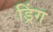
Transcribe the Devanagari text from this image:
ड्रिंग